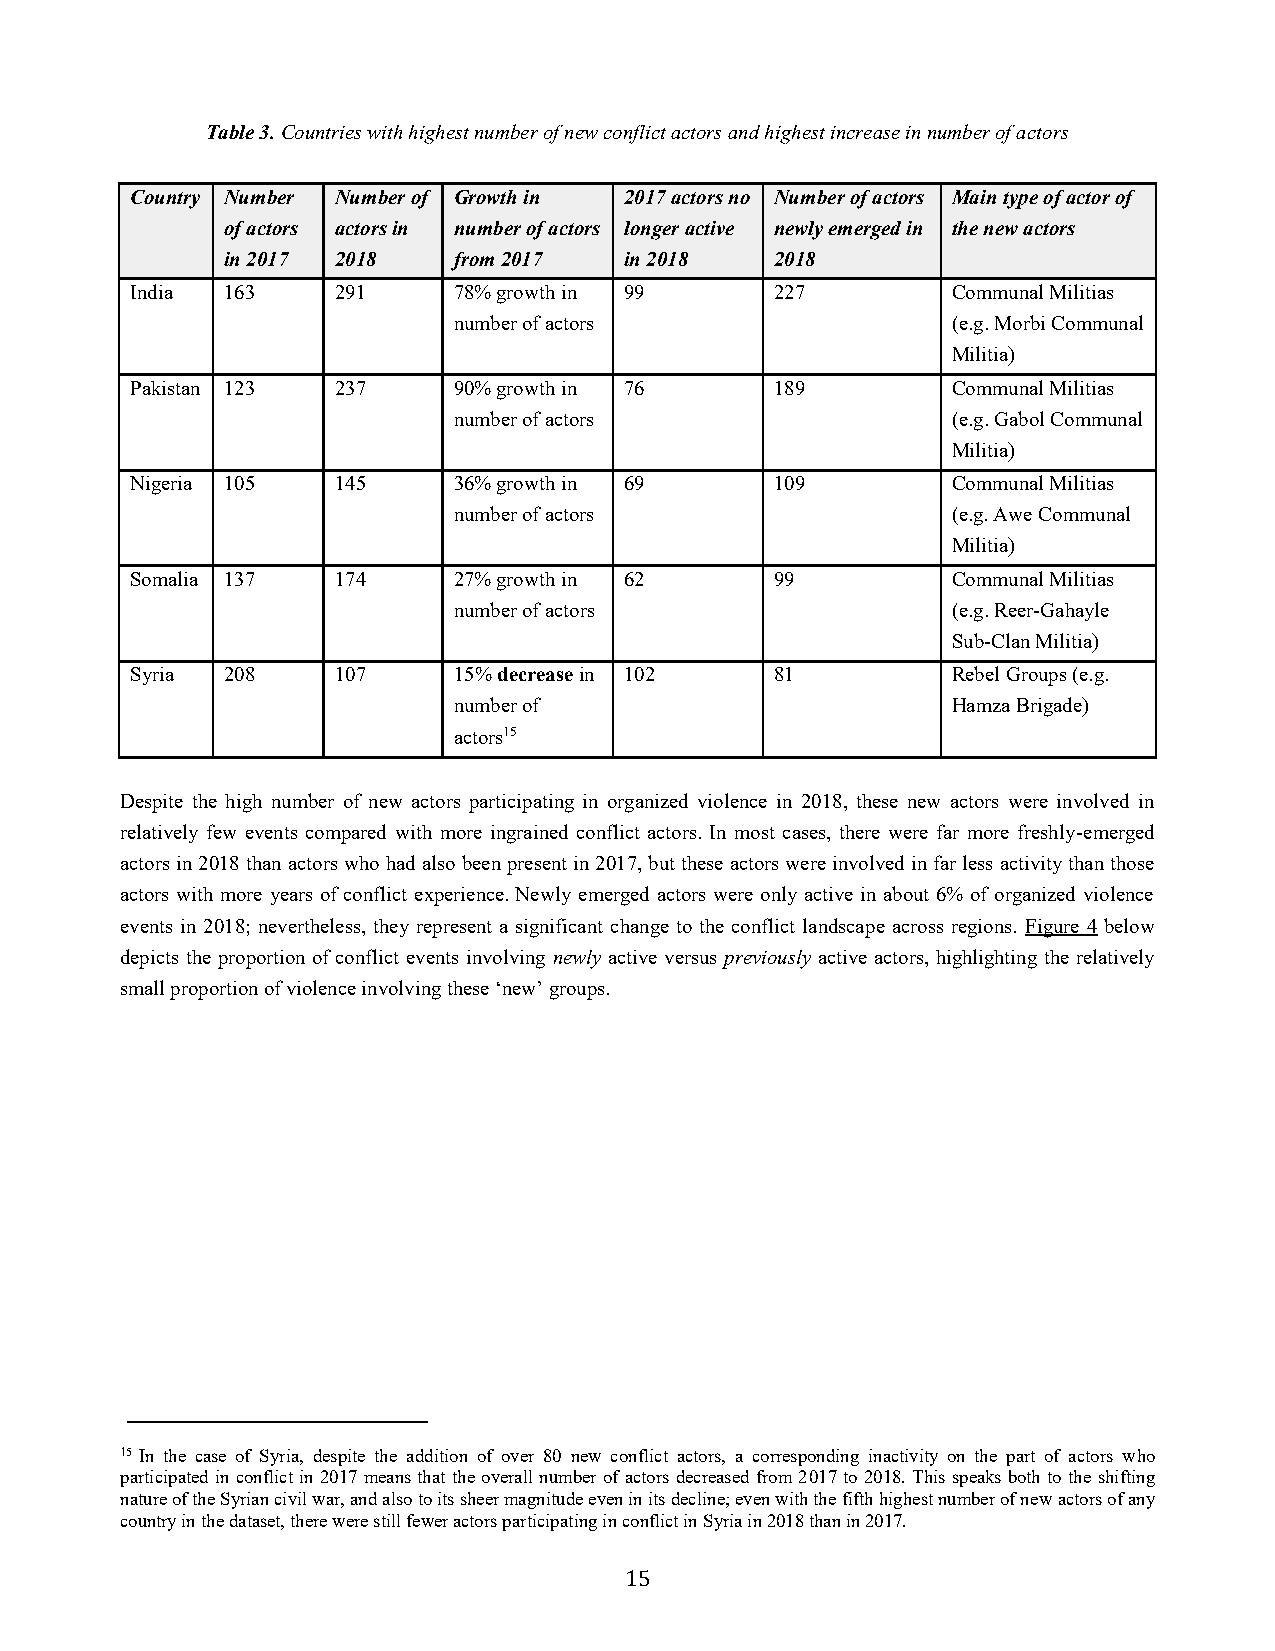
Table 3. Countries with highest number of new conflict actors and highest increase in number of actors
 Country Number Number of Growth in 2017 actors no Number of actors Main type of actor of
 of actors actors in number of actors longer active newly emerged in the new actors
 in 2017 2018   from 2017  in 2018   2018
 India 163    291     78% growth in 99     227         Communal Militias
 number of actors                 (e.g. Morbi Communal
 Militia)
 Pakistan 123 237     90% growth in 76     189         Communal Militias
 number of actors                 (e.g. Gabol Communal
 Militia)
 Nigeria 105  145     36% growth in 69     109         Communal Militias
 number of actors                 (e.g. Awe Communal
 Militia)
 Somalia 137  174     27% growth in 62     99          Communal Militias
 number of actors                 (e.g. Reer-Gahayle
 Sub-Clan Militia)
 Syria 208    107     15% decrease in 102  81          Rebel Groups (e.g.
 number of                        Hamza Brigade)
 actors15
 Despite the high number of new actors participating in organized violence in 2018, these new actors were involved in
 relatively few events compared with more ingrained conflict actors. In most cases, there were far more freshly-emerged
 actors in 2018 than actors who had also been present in 2017, but these actors were involved in far less activity than those
 actors with more years of conflict experience. Newly emerged actors were only active in about 6% of organized violence
 events in 2018; nevertheless, they represent a significant change to the conflict landscape across regions. Figure 4 below
 depicts the proportion of conflict events involving newly active versus previously active actors, highlighting the relatively
 small proportion of violence involving these ‘new’ groups.
 15 In the case of Syria, despite the addition of over 80 new conflict actors, a corresponding inactivity on the part of actors who
 participated in conflict in 2017 means that the overall number of actors decreased from 2017 to 2018. This speaks both to the shifting
 nature of the Syrian civil war, and also to its sheer magnitude even in its decline; even with the fifth highest number of new actors of any
 country in the dataset, there were still fewer actors participating in conflict in Syria in 2018 than in 2017.
 15